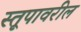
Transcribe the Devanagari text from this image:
स्तूपावरील